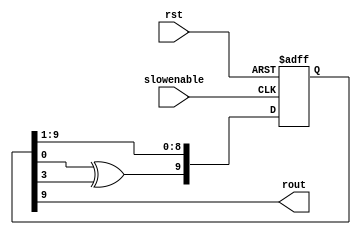
`timescale 1ns / 1ps
//////////////////////////////////////////////////////////////////////////////////
// Company: 
// Engineer: 
// 
// Design Name: 
// Module Name:    LFSR 
// Project Name: 
// Target Devices: 
// Tool versions: 
// Description: 
//
// Dependencies: 
//
// Revision: 
// Revision 0.01 - File Created
// Additional Comments: 
//
//////////////////////////////////////////////////////////////////////////////////
module LFSR(slowenable, rst, rout);
	input slowenable;
	input rst;
	output rout;
	
	reg [9:0] lfsr;
	
		assign rout = lfsr[9];
		
		always@(posedge slowenable or posedge rst)
			if (rst) lfsr[9:0] <= 1;
			else
				begin
					lfsr[8:0] <= lfsr[9:1];
					lfsr[9] <= lfsr[0]^lfsr[3];
				end
endmodule